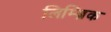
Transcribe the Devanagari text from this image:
लिम्ब्रिक